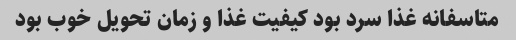
متاسفانه غذا سرد بود کیفیت غذا و زمان تحویل خوب بود